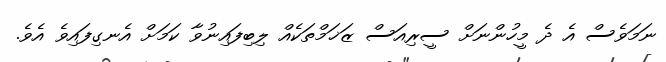
ނަމަވެސް އެ ދެ މީހުންނަށް ސީރިއަސް ޒަޚަމްތަކެއް ލިބިފައިނުވާ ކަމަށް އެނގިފައިވެ އެވެ.